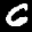
Label: 6